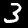
Digit: 3